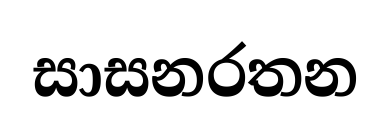
සාසනරතන